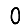
Digit: 0